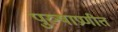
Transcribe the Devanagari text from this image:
पुरुषाप्रणीत